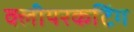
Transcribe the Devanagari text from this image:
क्लीयरकटिंग